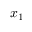
x _ { 1 }